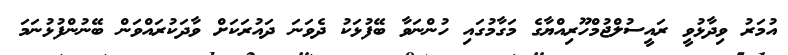
އުމަރު ވިދާޅުވީ ރައީސުލްޖުމްހޫރިއްޔާގެ މަގާމުގައި ހުންނަވާ ބޭފުޅަކު ދެވަނަ ދައުރަަކަށް ވާދަކުރައްވަން ބޭނުންފުޅުނަމަ